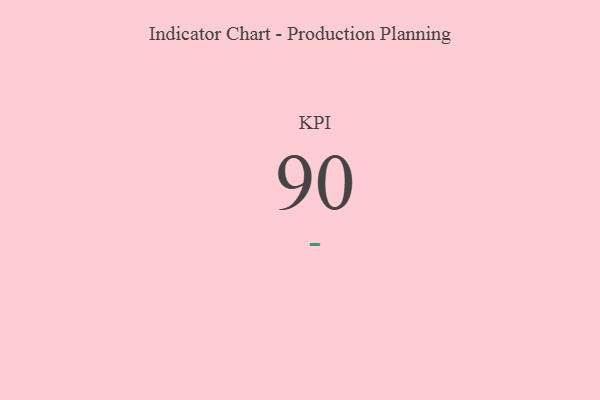
{"axis": {"x": "KPI", "y": "Value"}, "legend": [""], "data": [{"x": "KPI", "y": 90, "type": ""}]}